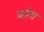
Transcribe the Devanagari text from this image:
वर्तना